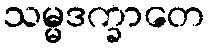
သမ္မဒက္ခာတေ